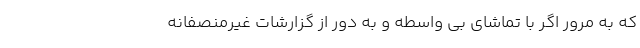
که به مرور اگر با تماشای بی واسطه و به‌ دور از گزارشات غیرمنصفانه